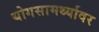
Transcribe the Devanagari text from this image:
योगसामर्थ्यावर